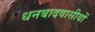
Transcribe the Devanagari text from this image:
धनबादवासीयों